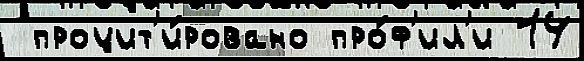
 процит'и́ровано про́ф'ил'и 14